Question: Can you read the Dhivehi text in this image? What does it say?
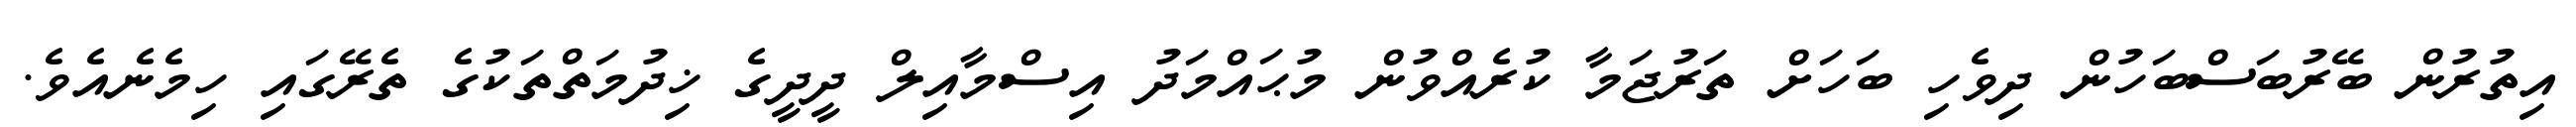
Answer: އިތުރުން ބޭރުބަސްބަހުން ދިވެހި ބަހަށް ތަރުޖަމާ ކުރެއްވުން މުޙައްމަދު އިސްމާއިލް ދީދީގެ ޚިދުމަތްތަކުގެ ތެރޭގައި ހިމެނެއެވެ.